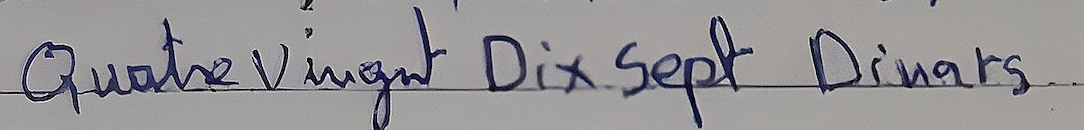
Quatre vingnt Dix Sept Dinars